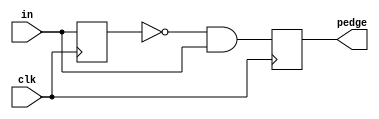
module top_module (
    input clk,
    input [7:0] in,
    output [7:0] pedge
); 
//detect when the input signal changes from 0 in one clock cycle to 1 
    reg [7:0]store_data;
    always @(posedge clk)begin
		store_data <= in;
        pedge <= (~store_data) & in;
    end
endmodule